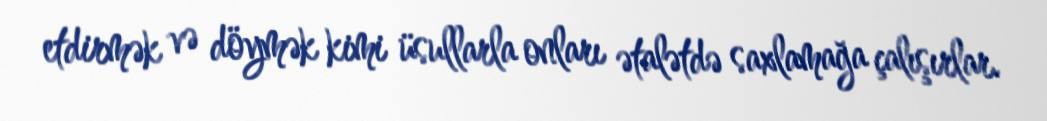
etdirmək və döymək kimi üsullarla onları ətalətdə saxlamağa çalışırlar.